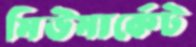
মিউমার্কেট